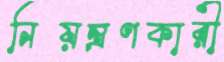
নিয়ন্ত্রণকারী